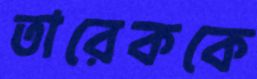
তারেককে